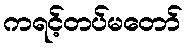
ကရင့်တပ်မတော်